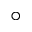
^ { \circ }